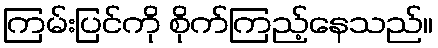
ကြမ်းပြင်ကို စိုက်ကြည့်နေသည်။